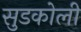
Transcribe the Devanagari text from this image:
सुडकोली